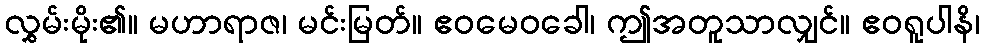
လွှမ်းမိုး၏။ မဟာရာဇ၊ မင်းမြတ်။ ဧဝမေဝခေါ၊ ဤအတူသာလျှင်။ ဧဝရူပါနိ၊